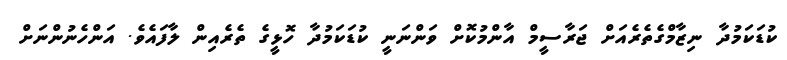
ކުޑަކަމުދާ ނިޒާމްގެތެރެއަށް ޖަރާސީމް އާންމުކޮށް ވަންނަނީ ކުޑަކަމުދާ ހޮޅީގެ ތެރެއިން ލާފައެވެ. އަންހެނުންނަށް